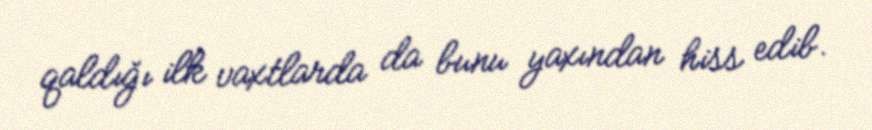
qaldığı ilk vaxtlarda da bunu yaxından hiss edib.